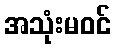
အသုံးမဝင်